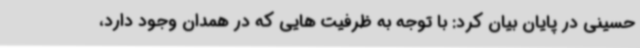
حسینی در پایان بیان کرد: با توجه به ظرفیت هایی که در همدان وجود دارد،